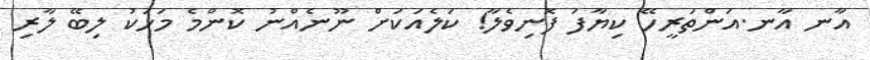
އާނ އާނ.އަންތަރީހޭ ކިޔާފަ ފޮނިވެލާ! ކަލެއަކަށް ނޫނެއްނު ކޮންމެ މަހަކު ލިބޭ ލާރި